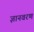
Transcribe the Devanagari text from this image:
ज्ञानवरण